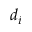
d _ { i }